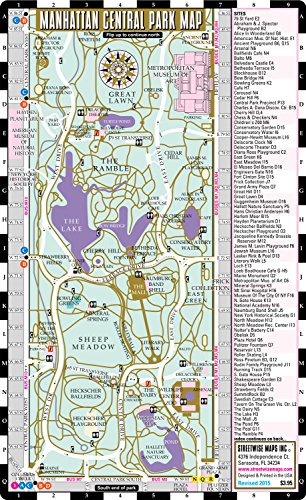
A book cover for Streetwise Central Park Map - Laminated Pocket Map of Manhattan Central Park, New York for Travel; Streetwise Maps Inc; Engineering & Transportation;